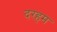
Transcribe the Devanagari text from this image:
दरहम